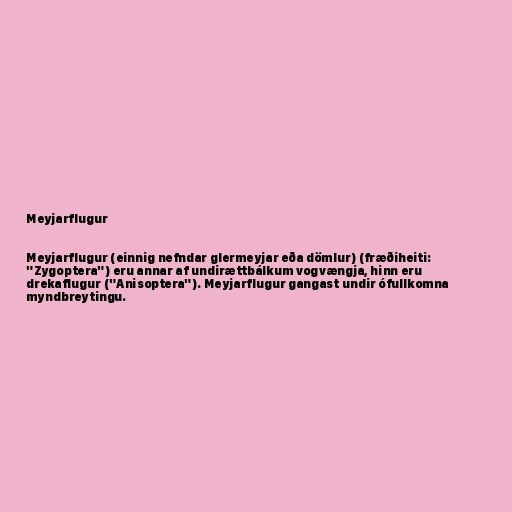
Meyjarflugur

Meyjarflugur (einnig nefndar glermeyjar eða dömlur) (fræðiheiti:
"Zygoptera") eru annar af undirættbálkum vogvængja, hinn eru
drekaflugur ("Anisoptera"). Meyjarflugur gangast undir ófullkomna
myndbreytingu.